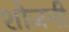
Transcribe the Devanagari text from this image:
शोजनी